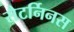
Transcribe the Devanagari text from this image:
सैटर्निनस